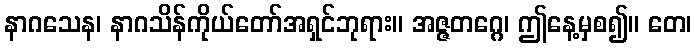
နာဂသေန၊ နာဂသိန်ကိုယ်တော်အရှင်ဘုရား။ အဇ္ဇတဂ္ဂေ၊ ဤနေ့မှစ၍။ တေ၊